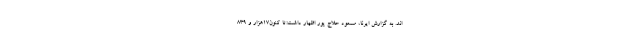
اند. به گزارش ایرنا، مسعود حلاج پور اظهار داشت:تا کنون۱۷هزار و ۸۳۹